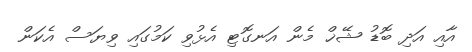
އާއި އަދި ބޮޑު ޝޭޚް މެން އަނގޮޓި އެޅުވި ކަމުގައި ވިޔަސް އެކަން